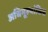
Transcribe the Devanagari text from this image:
अधिमूल्यांकित